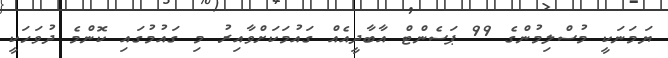
ޔަމަނަކީ މުސްލިމުންގެ 99 ޕަސެންޓް އާބާދީއެއް ގައުމަކަށްވާއިރު މި ގައުމުގައި ކޮންމެ ދުވަހަކީ